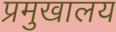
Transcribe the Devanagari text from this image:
प्रमुखालय